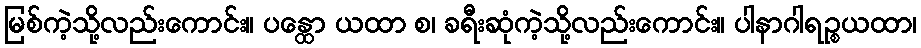
မြစ်ကဲ့သို့လည်းကောင်း။ ပန္ထော ယထာ စ၊ ခရီးဆုံကဲ့သို့လည်းကောင်း။ ပါနာဂါရဉ္စယထာ၊